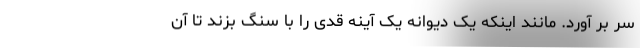
سر بر آورد. مانند اینکه یک دیوانه یک آینه قدی را با سنگ بزند تا آن